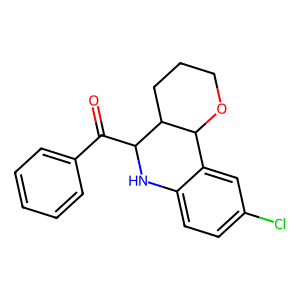
SMILES: O=C(c1ccccc1)C1Nc2ccc(Cl)cc2C2OCCCC12
Inhibits HIV replication: No